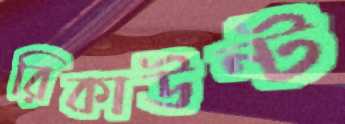
রিকাউন্ট